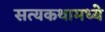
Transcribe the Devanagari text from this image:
सत्यकथामध्ये